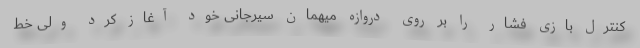
کنترل بازی فشار را بر روی دروازه میهمان سیرجانی خود آغاز کرد ولی خط